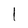
Character: 1